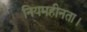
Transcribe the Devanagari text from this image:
नियमहीनता।